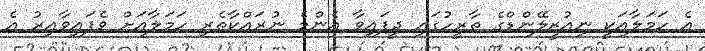
އެ ހަމަލާއަކީ ނިއުޒީލޭންޑްގެ ތާރީހުގައި ދީފައިވާ އެންމެ ނުރައްކާތެރި ހަމަލާއަށް ވެފައިވާއިރު އެ